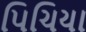
પિચિયા